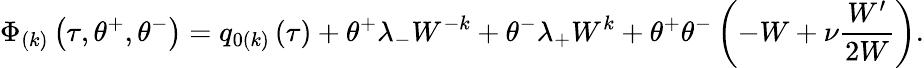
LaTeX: \Phi_{\left(k\right)}\left(\tau,\theta^{+},\theta^{-}\right)=q_{0\left(k\right)}\left(\tau\right)+\theta^{+}\lambda_{-}W^{-k}+\theta^{-}\lambda_{+}W^{k}+\theta^{+}\theta^{-}\left(-W+\nu\frac{W^{\prime}}{2W}\right).